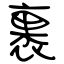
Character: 裹